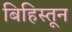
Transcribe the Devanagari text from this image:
बिहिस्तून